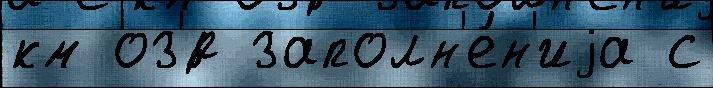
км оз'́р заполн'е́н'иjа с